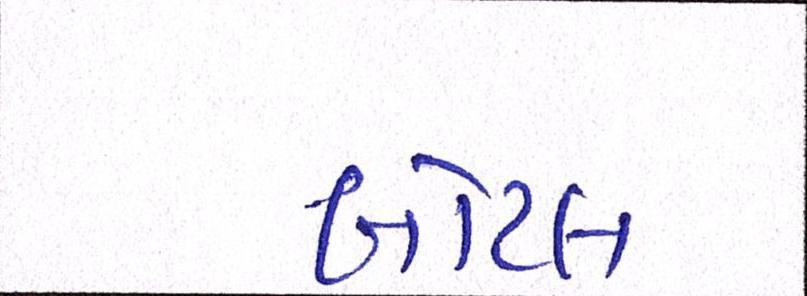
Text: બોટલ